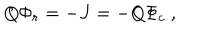
LaTeX: Q \Phi _ { r } = - J = - Q \Phi _ { c } \ ,